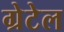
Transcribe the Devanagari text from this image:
ग्रेटेल